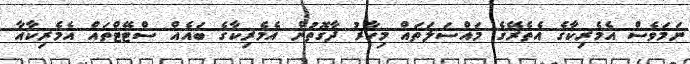
ނަަމަވެސް އެމެރިކާގެ އެތެރޭގެ މައްސަލަތައް މިހާރު ދާގޮތުން އެމެރިކާގެ ބައެއް ސްޓޭޓްތައް އެމެރިކާއާ